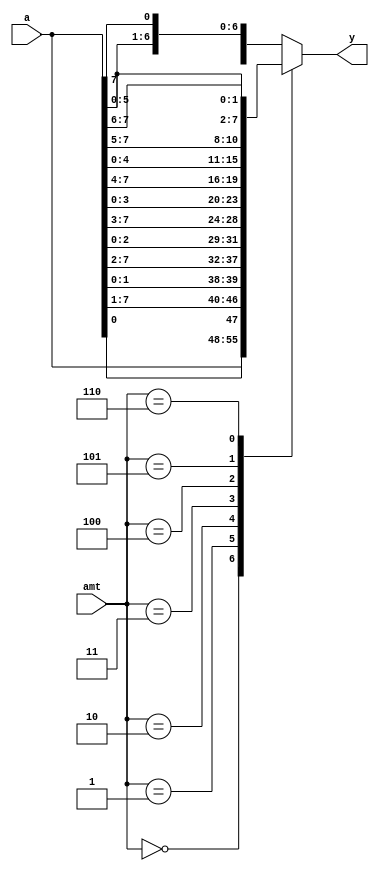
// Listing 3.18
module barrel_shifter_case
   (
     input wire [7:0] a,
     input wire [2:0] amt,
     output reg [7:0] y
    );

   // body
   always @*
      case(amt)
         3'o0: y = a;
         3'o1: y = {a[0], a[7:1]};
         3'o2: y = {a[1:0], a[7:2]};
         3'o3: y = {a[2:0], a[7:3]};
         3'o4: y = {a[3:0], a[7:4]};
         3'o5: y = {a[4:0], a[7:5]};
         3'o6: y = {a[5:0], a[7:6]};
         default: y = {a[6:0], a[7]};
      endcase

endmodule